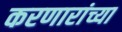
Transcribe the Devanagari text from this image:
करणारांच्या